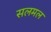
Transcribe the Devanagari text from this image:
सलमल